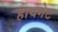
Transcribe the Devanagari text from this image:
हायगेट